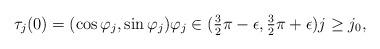
LaTeX: \begin{align*} \tau_j(0) = (\cos \varphi_j,\sin \varphi_j) \varphi_j\in (\tfrac{3}{2}\pi-\epsilon,\tfrac{3}{2}\pi + \epsilon) j\geq j_0, \end{align*}